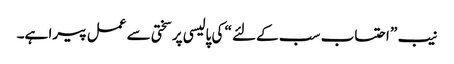
نیب ” احتساب سب کےلئے “ کی پالیسی پر سختی سے عمل پیرا ہے۔